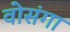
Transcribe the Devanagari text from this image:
वोसंगा